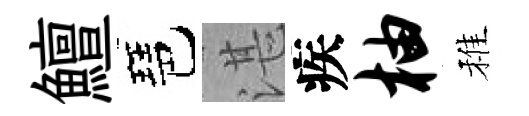
鱣琶湛疾柚稚